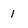
Character: 1